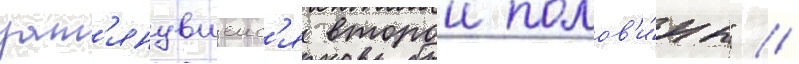
зат'янувшеис'я второи полов'и́ны" //